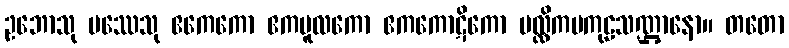
ဥဘောသု ပဿေသု ဧကေကော ဧကမူလကော ဧကကောဋိကော မလ္လိကမကုဠသဏ္ဌာနော။ တတော